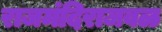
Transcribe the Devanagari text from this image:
राजमंदिराजवळ